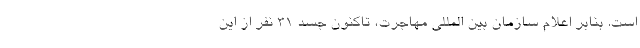
است. بنابر اعلام سازمان بین المللی مهاجرت، تاکنون جسد ۳۱ نفر از این